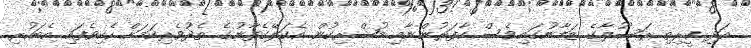
އަދި ކީރިތި ރަސޫލާގެ ޒަމާނުގައިވެސް ކާފަރުންނާއި މުޝްރިކުން އެކަލޭގެފާނުގެ ތެދުވެރިކަމަށް ހެކިވެފައި އެބަހުރި.